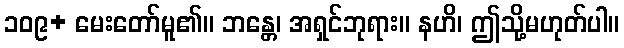
၁၀၉+ မေးတော်မူ၏။ ဘန္တေ၊ အရှင်ဘုရား။ နဟိ၊ ဤသို့မဟုတ်ပါ။